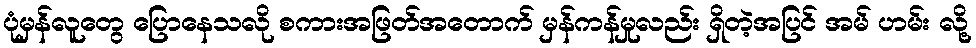
ပုံမှန်လူတွေ ပြောနေသလို စကားအဖြတ်အတောက် မှန်ကန်မှုလည်း ရှိတဲ့အပြင် အမ် ဟမ်း လို့